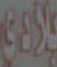
بلادي